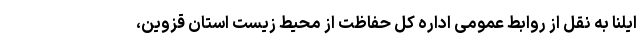
ایلنا به نقل از روابط عمومی اداره کل حفاظت از محیط زیست استان قزوین،